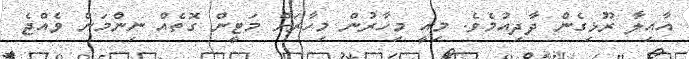
އާއިލާ ރޫޅިގެން ދާދިއުމެވެ. މިއީ މިހާރުން މިހާރަށް މަޓީން ގޮތެއް ނިންމަން ވެއްޖެ